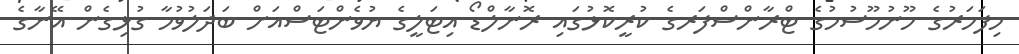
މިފަހަރުގެ ހޫނުމޫސުމުގެ ޓްރާންސްފަރގެ ކުރީކޮޅުގައި ރޮނާލްޑޯ އިޓަލީގެ ޔުވެންޓަސްއަށް ބަދަލުވުމާ ގުޅިގެން އޭނާގެ